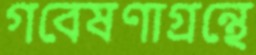
গবেষণাগ্রন্থে